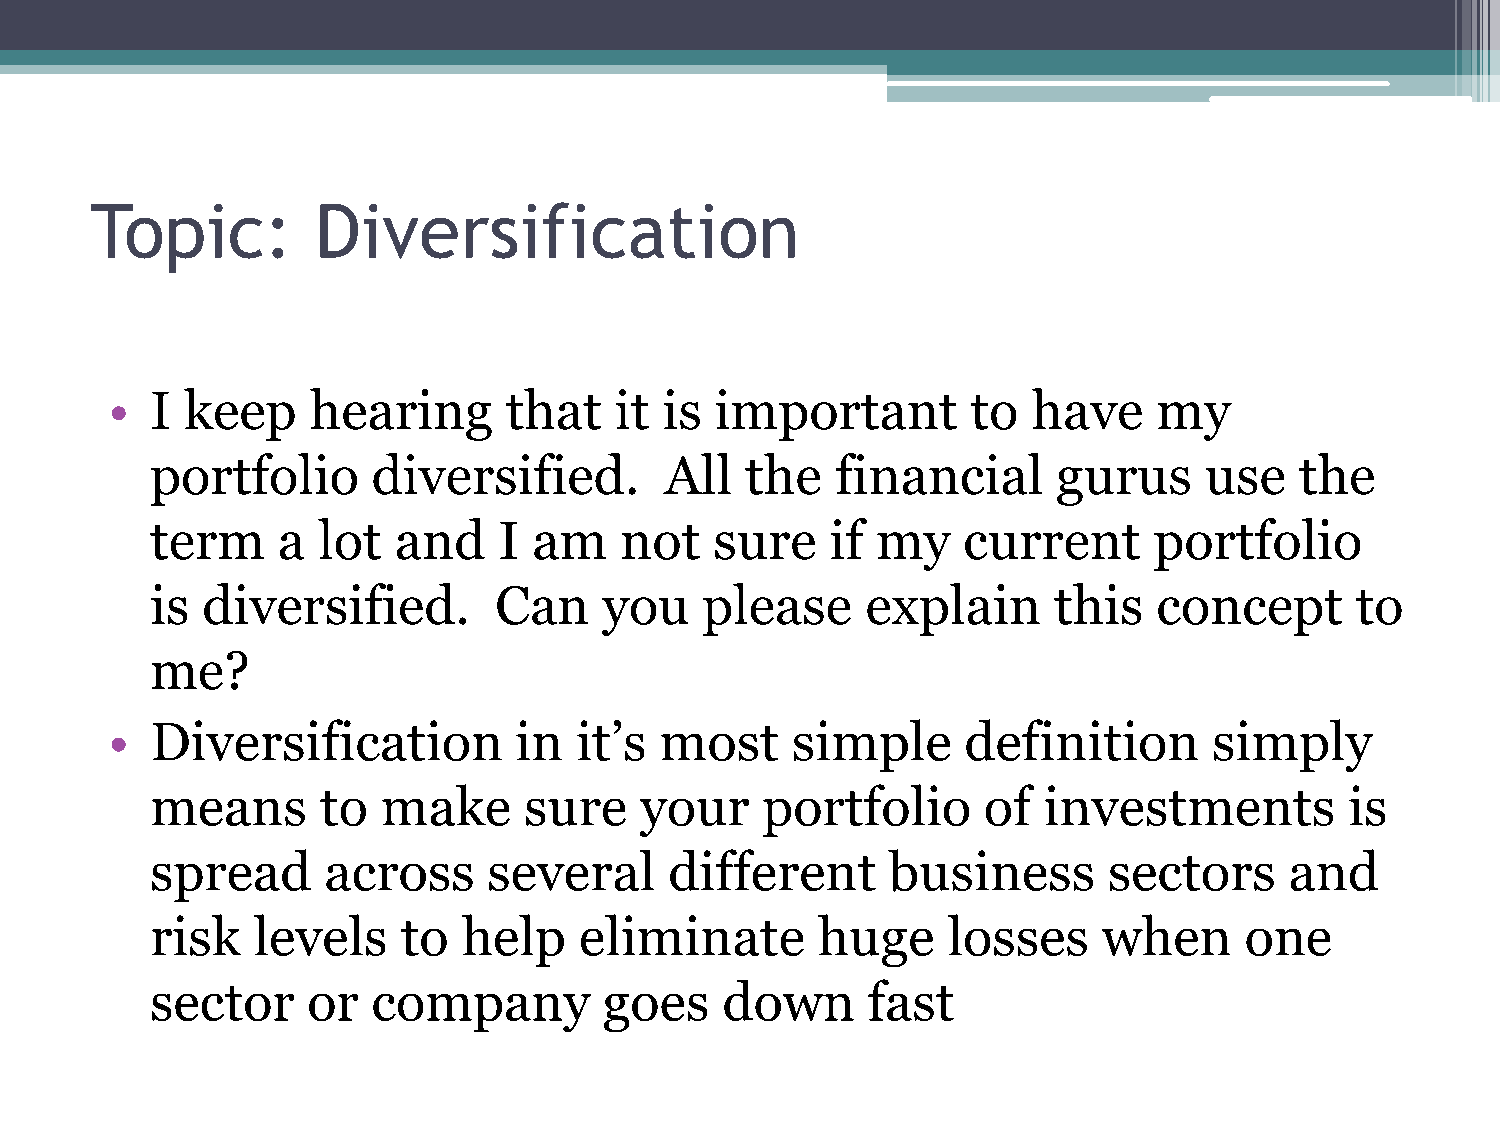
Topic:         Diversification
 •  I keep     hearing     that    it is important        to  have     my
 portfolio      diversified.       All  the   financial      gurus     use   the
 term    a  lot  and    I am    not   sure    if my    current     portfolio
 is diversified.        Can    you   please     explain      this   concept      to
 me?
 •  Diversification         in  it’s  most    simple      definition      simply
 means      to  make      sure   your    portfolio      of  investments         is
 spread     across     several     different      business      sectors     and
 risk   levels    to  help   eliminate       huge     losses    when     one
 sector    or   company        goes    down     fast